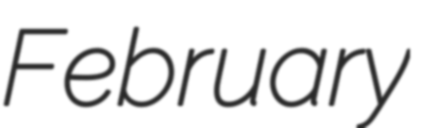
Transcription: February